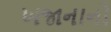
ખજાનાનો